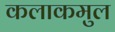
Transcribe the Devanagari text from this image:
कलाकमुल